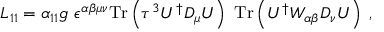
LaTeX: { \cal L } _ { 1 1 } = \alpha _ { 1 1 } g ~ \epsilon ^ { \alpha \beta \mu \nu } \mathrm { T r } \left( \tau ^ { 3 } U ^ { \dagger } D _ { \mu } U \right) ~ \mathrm { T r } \left( U ^ { \dagger } W _ { \alpha \beta } D _ { \nu } U \right) \; ,